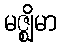
မဇ္ဈိမာ